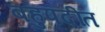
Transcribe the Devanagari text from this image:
बहुपदींत